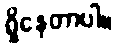
ရှိနေတာပါ။